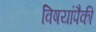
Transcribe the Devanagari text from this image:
विषयांपैकी